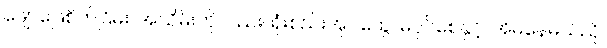
ဖျော်ဖြေစိတ်ငြိမ်း၊ အသိမ်းကိုလည်း၊ ရုံးစည်းအုပ်ထွေ၊ မပိုင်စေနှင့်၊ အိမ်နေမယ်ညို၊